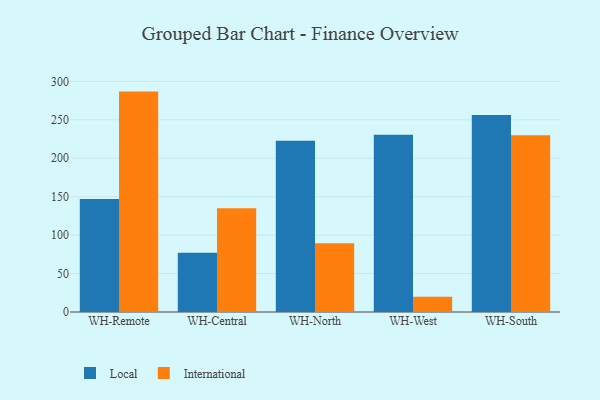
{"axis": {"x": "Warehouse", "y": "Population (Million)"}, "legend": ["International", "Local"], "data": [{"x": "WH-Remote", "y": 146.9, "type": "Local"}, {"x": "WH-Remote", "y": 286.7, "type": "International"}, {"x": "WH-Central", "y": 77.2, "type": "Local"}, {"x": "WH-Central", "y": 135.1, "type": "International"}, {"x": "WH-North", "y": 222.8, "type": "Local"}, {"x": "WH-North", "y": 89.5, "type": "International"}, {"x": "WH-West", "y": 230.5, "type": "Local"}, {"x": "WH-West", "y": 19.7, "type": "International"}, {"x": "WH-South", "y": 256.3, "type": "Local"}, {"x": "WH-South", "y": 229.9, "type": "International"}]}